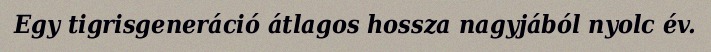
Egy tigrisgeneráció átlagos hossza nagyjából nyolc év.